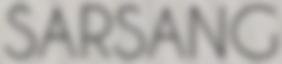
SARSANG